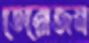
তেরোজন